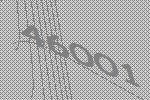
46001